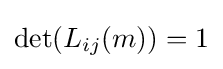
\det(L_{ij}(m))=1